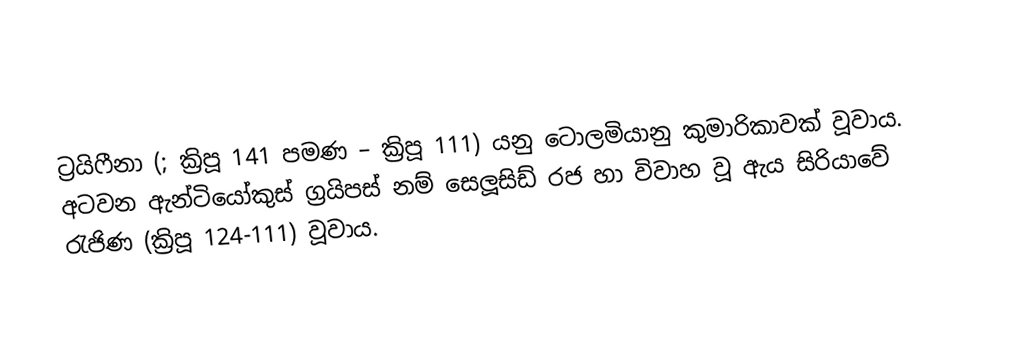
ට්‍රයිෆීනා (; ක්‍රිපූ 141 පමණ – ක්‍රිපූ 111) යනු ටොලමියානු කුමාරිකාවක් වූවාය. අටවන ඇන්ටියෝකුස්  ග්‍රයිපස් නම්  සෙලූසිඩ් රජ  හා විවාහ වූ ඇය සිරියාවේ රැජිණ (ක්‍රිපූ 124-111) වූවාය.